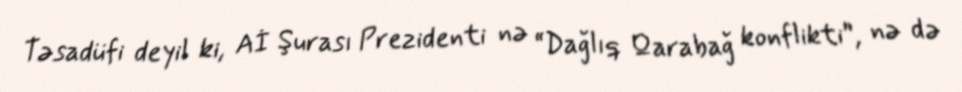
Təsadüfi deyil ki, Aİ Şurası Prezidenti nə “Dağlıq Qarabağ konflikti”, nə də